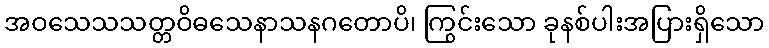
အဝသေသသတ္တဝိဓသေနာသနဂတောပိ၊ ကြွင်းသော ခုနစ်ပါးအပြားရှိသော